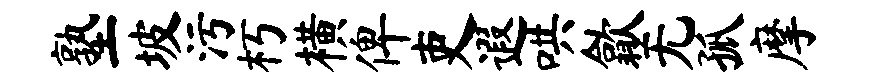
塾坡污朽横俾吏遐哄歙无孤摩